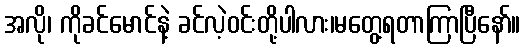
အလို၊ ကိုခင်မောင်နဲ့ ခင်လဲ့ဝင်းတို့ပါလား၊မတွေ့ရတာကြာပြီနော်။